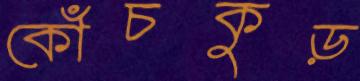
কোঁচকুড়